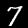
Label: 7